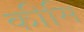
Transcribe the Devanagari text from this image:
कीमि